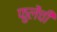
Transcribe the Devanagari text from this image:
फुलेंची